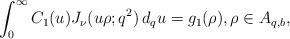
LaTeX: \begin{align*} \int_0^\infty C_1(u) J_\nu (u\rho; q^2) \,d_q u= g_1 (\rho), \rho\in A_{q,b}, \end{align*}